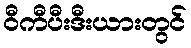
ဝီကီပီးဒီးယားတွင်